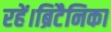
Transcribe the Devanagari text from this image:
रहें।ब्रिटैनिका